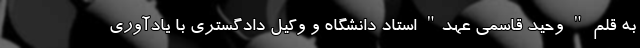
به قلم " وحید قاسمی عهد" استاد دانشگاه و وکیل دادگستری با یادآوری